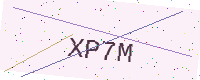
Text: XP7M